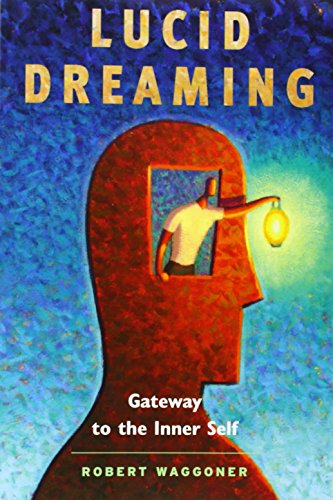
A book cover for Lucid Dreaming: Gateway to the Inner Self; Robert Waggoner; Self-Help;